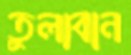
তুলাবান